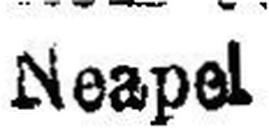
Neapel